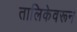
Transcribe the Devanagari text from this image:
तालिकेवरून